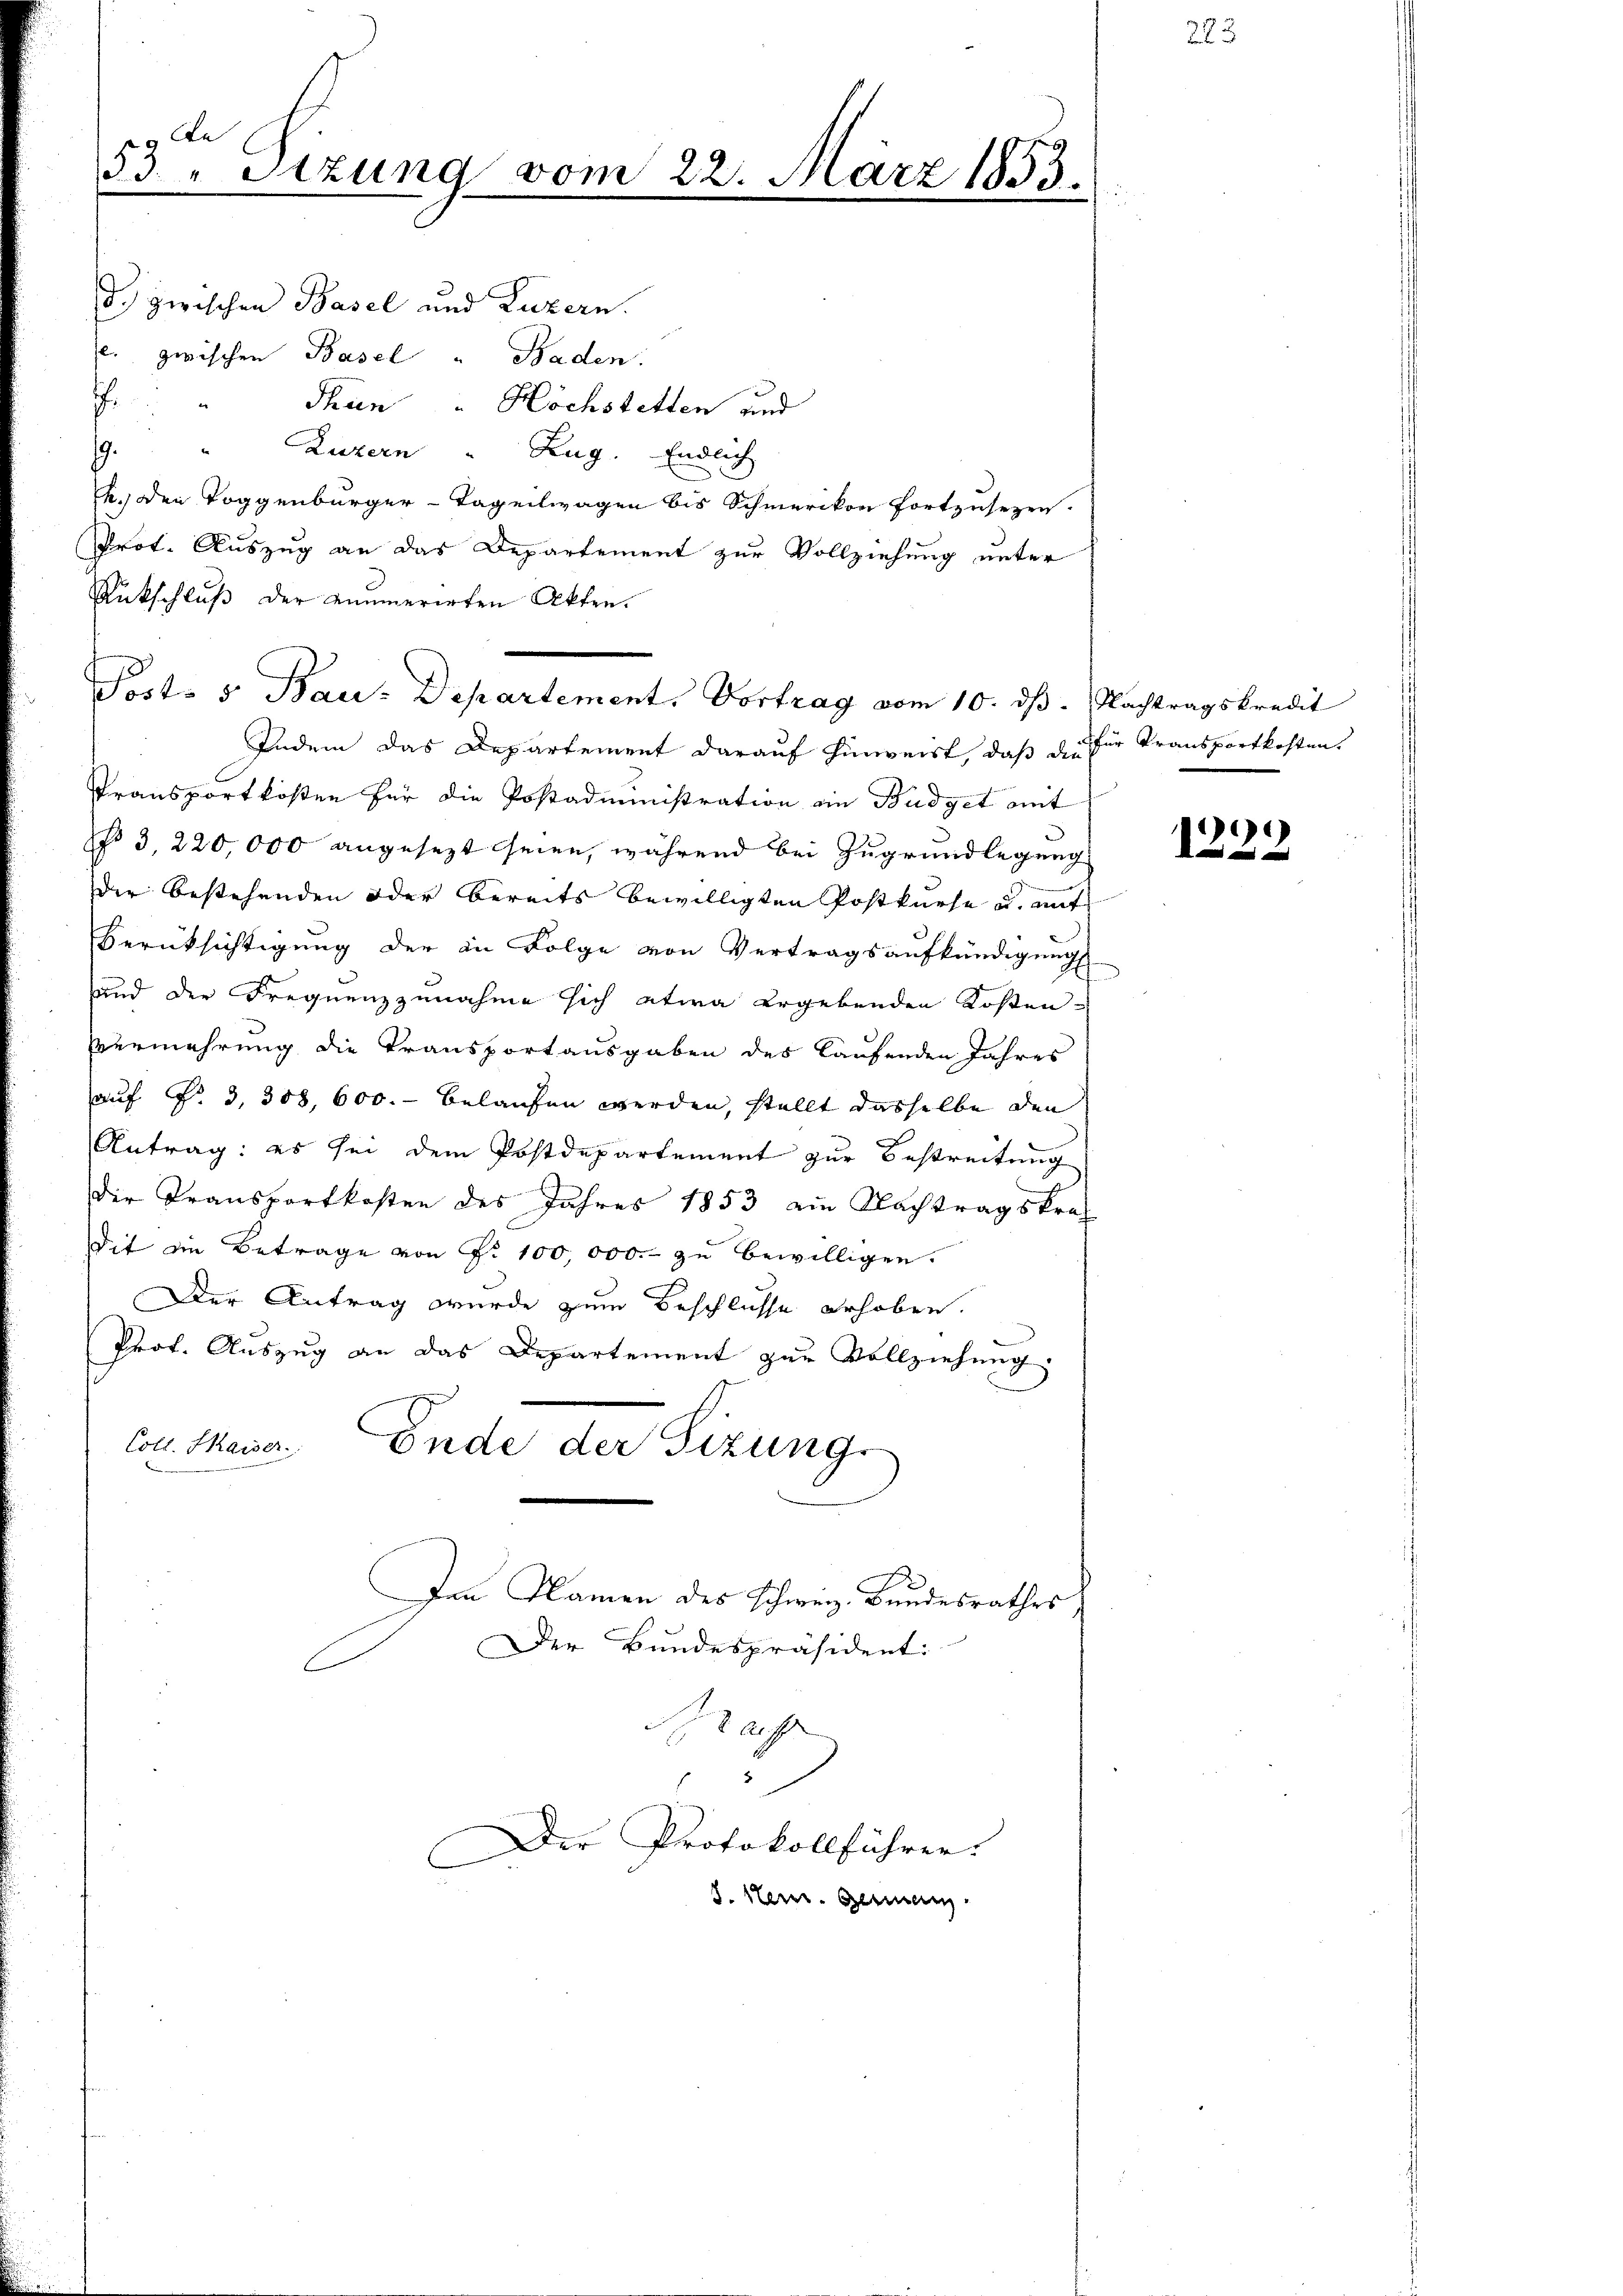
Re
53 " Stzung vom 22. März 1853
.
2.

s
) zwischen Basel und Luzern.
. zwischen Basel " Baden.
.
Thun " Höchstetten und
Luzern " Zug. Endlich
s
k. den Toggenbürger-Tageilwagen bis Schmerikon fortzusezen.
Prot. Auszug an das Departement zur Vollziehung unter
Rückschluß der numerirten Akten.
Indem das Departement darauf hinweist, daß daher Transportkosten.
Pransportkosten für die Postadministration ein Budget mit
 3, 220,000 angesezt seien, während bei Zugrundlegung
dir bestehenden oder bereits bewilligten Postkurse u. mit
Berüksichtigung der in Folge von Vertragsaufkündigung
und der Frequenzzunahme sich etwa ergebenden Kosten-
Vermehrung die Transportausgaben des laufenden Jahres
auf §. 3, 308, 600. belaufen werden, stellt dasselbe den
Antrag: es sei dem Postdepartement zur Bestreitung
Der Transportkosten des Jahres 1853 ain Nachtragskraf
dit die Betrage von Fr. 100,000.- zu bewilligen.
Der Antrag wurde zum Beschlüsse erhoben.
Prof. Auszug an das Departement zur Vollziehung
Coll. Maiser, Ende der Sizung
Den Namen des Schweiz. Bundesrathes,
Der Bundespräsident:
 aff
Der Protokollführer.
C
d. Herr Gemein

Porto 5 Bau-Departement. Vortrag vom 10. dß. Nachtragskredit

1223